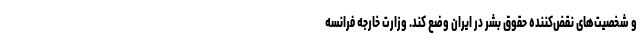
و شخصیت‌های نقض‌کننده حقوق بشر در ایران وضع کند. وزارت خارجه فرانسه